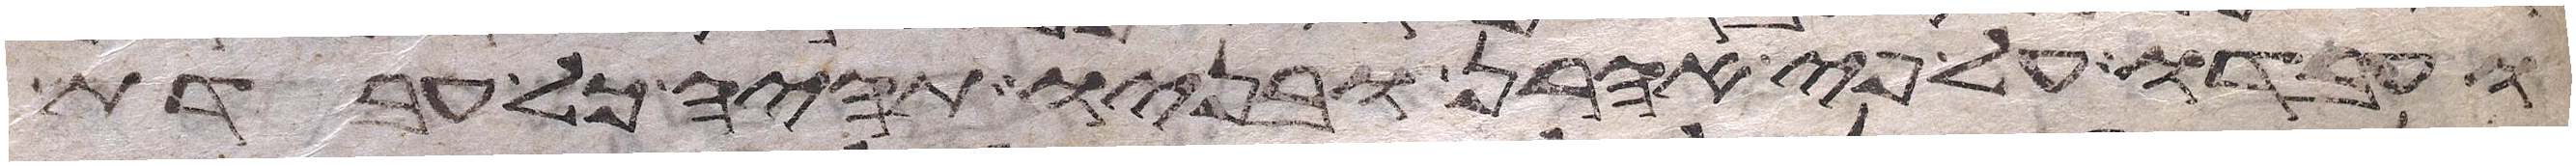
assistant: ועבדו על פי אהרן ובניו תהיה כל עבדת